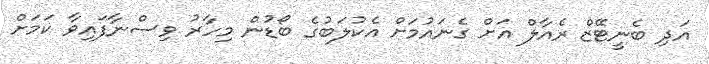
އަދި ބެނީޓޭޒް ރެއާލް އަށް ގެނައުމަށް އެކުލަބުގެ ބޯޑުން މިހާރު ވިސްނާފައިވާ ކަމަށް